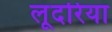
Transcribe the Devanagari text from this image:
लूदरिया